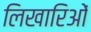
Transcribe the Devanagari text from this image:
लिखारिओं